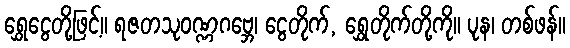
ရွှေငွေတို့ဖြင့်။ ရဇတသုဝဏ္ဏဂဗ္ဘေ၊ ငွေတိုက်, ရွှေတိုက်တို့ကို။ ပုန၊ တစ်ဖန်။